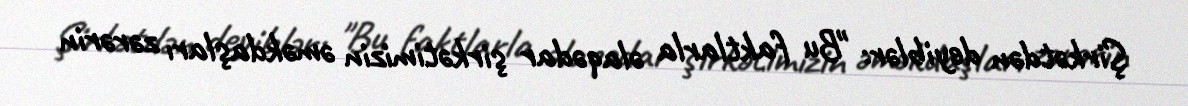
Şirkətdən deyiblər: "Bu faktlarla əlaqədar şirkətimizin əməkdaşları zərərin